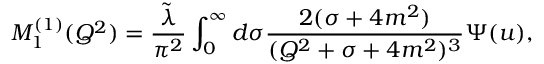
M _ { 1 } ^ { ( 1 ) } ( Q ^ { 2 } ) = \frac { \tilde { \lambda } } { \pi ^ { 2 } } \int _ { 0 } ^ { \infty } d \sigma \frac { 2 ( \sigma + 4 m ^ { 2 } ) } { ( Q ^ { 2 } + \sigma + 4 m ^ { 2 } ) ^ { 3 } } \Psi ( u ) ,